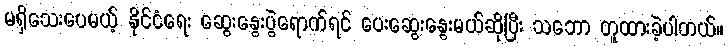
မရှိသေးပေမယ့် နိုင်ငံရေး ဆွေးနွေးပွဲရောက်ရင် ပေးဆွေးနွေးမယ်ဆိုပြီး သဘော တူထားခဲ့ပါတယ်။